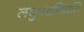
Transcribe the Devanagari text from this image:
लघुपटनिर्माते